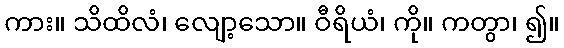
ကား။ သိထိလံ၊ လျော့သော။ ဝီရိယံ၊ ကို။ ကတွာ၊ ၍။